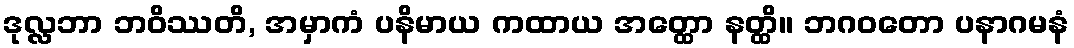
ဒုလ္လဘာ ဘဝိဿတိ, အမှာကံ ပနိမာယ ကထာယ အတ္ထော နတ္ထိ။ ဘဂဝတော ပနာဂမနံ